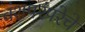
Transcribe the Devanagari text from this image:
वंशपरंपरेचे